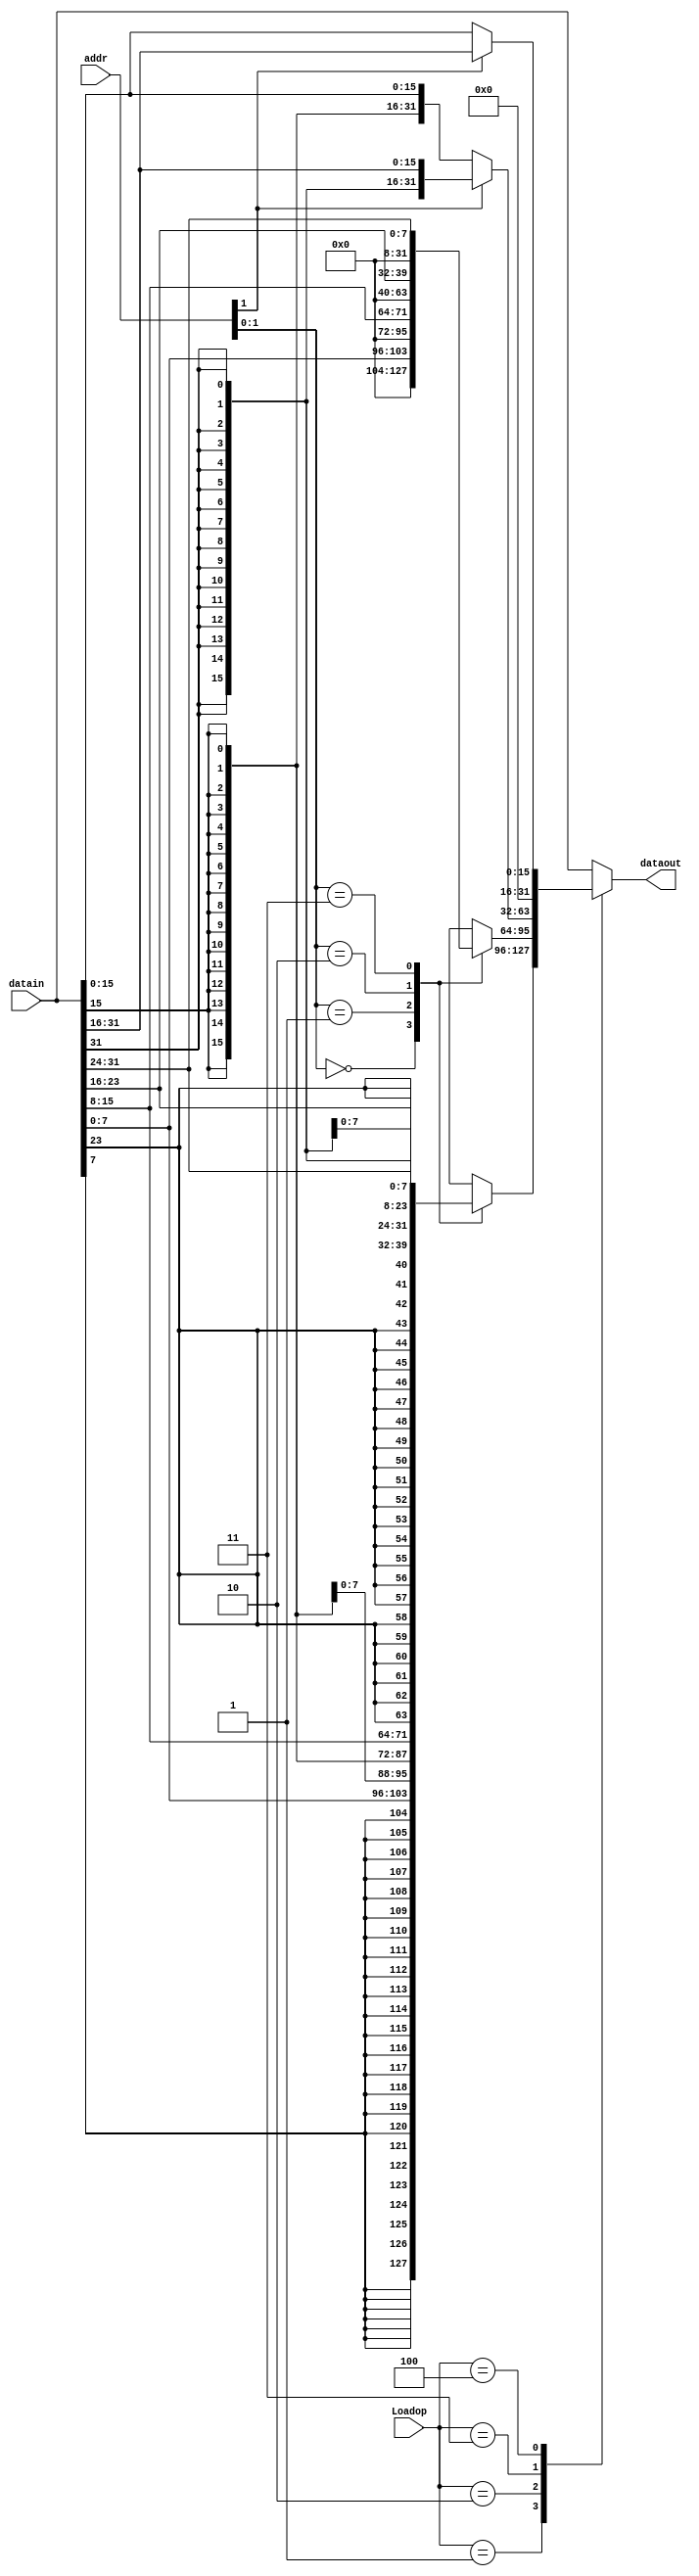
module ansConfirm(
 input [31:0] datain,
 input [2:0] Loadop,
 input [31:0] addr,
 output reg [31:0] dataout
); 
	always @ (*)begin
		case(Loadop)
		3'b001:begin//LB
		case(addr[1:0])
			2'b00:dataout={{24{datain[7]}},datain[7:0]};
			2'b01:dataout={{24{datain[15]}},datain[15:8]};
			2'b10:dataout={{24{datain[23]}},datain[23:16]};
			2'b11:dataout={{24{datain[31]}},datain[31:24]};
		endcase
		end
		3'b010:begin//LBU
		case(addr[1:0])
			2'b00:dataout={{24'b0},datain[7:0]};
			2'b01:dataout={{24'b0},datain[15:8]};
			2'b10:dataout={{24'b0},datain[23:16]};
			2'b11:dataout={{24'b0},datain[31:24]};
		endcase
		end
		3'b011:begin
			if(addr[1]) dataout={{16{datain[31]}},datain[31:16]};
			else dataout={{16{datain[15]}},datain[15:0]};
		end 
		3'b100:begin
			if(addr[1]) dataout={{16'b0},datain[31:16]};
			else dataout={{16'b0},datain[15:0]};
		end 
		default:dataout = datain;
		endcase
	end

endmodule